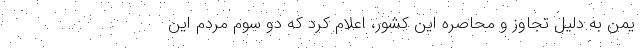
یمن به دلیل تجاوز و محاصره این کشور، اعلام کرد که دو سوم مردم این